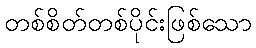
တစ်စိတ်တစ်ပိုင်းဖြစ်သော